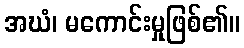
အဃံ၊ မကောင်းမှုဖြစ်၏။